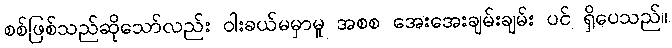
စစ်ဖြစ်သည်ဆိုသော်လည်း ဝါးခယ်မမှာမူ အစစ အေးအေးချမ်းချမ်း ပင် ရှိပေသည်။